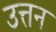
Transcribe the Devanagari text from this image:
उत्तन